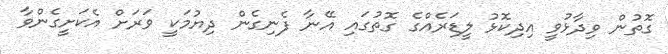
ގޮތުން ވިދާޅުވީ އިދިކޮޅު ލީޑަރެއްގެ ގޮތުގައި އޭނާ ފެނިގެން ދިޔުމަކީ ވަރަށް އެކަށީގެންވާ